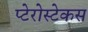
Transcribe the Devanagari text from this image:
प्टेरोस्टेकस